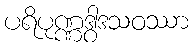
ပရိပုဏ္ဏဒွါဒသဝဿာ